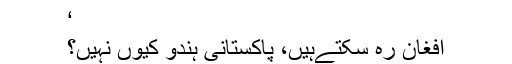
‘
افغان رہ سکتےہیں، پاکستانی ہندو کیوں نہیں؟